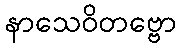
နာသေဝိတဗ္ဗော